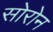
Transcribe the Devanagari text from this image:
सोरोन